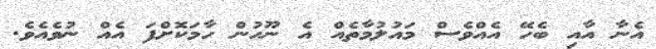
އެނާ އާއި ބެހޭ އެއްވެސް މައުލުމާތެއް އެ ނޫހުން ހާމަކޮށްފަ އެއް ނުވެއެވެ.